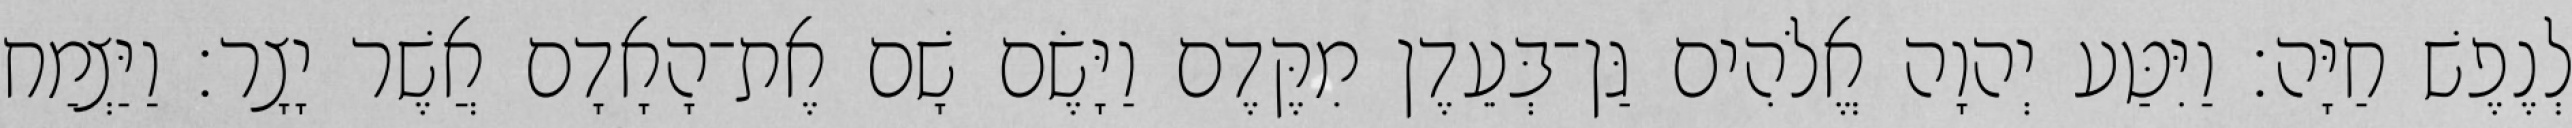
לְנֶפֶשׁ חַיָּה׃ וַיִּטַּע יְהוָה אֱלֹהִים גַּן־בְּעֵדֶן מִקֶּדֶם וַיָּשֶׂם שָׁם אֶת־הָאָדָם אֲשֶׁר יָצָר׃ וַיַּצְמַח